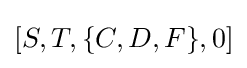
[S,T,\{C,D,F\},0]